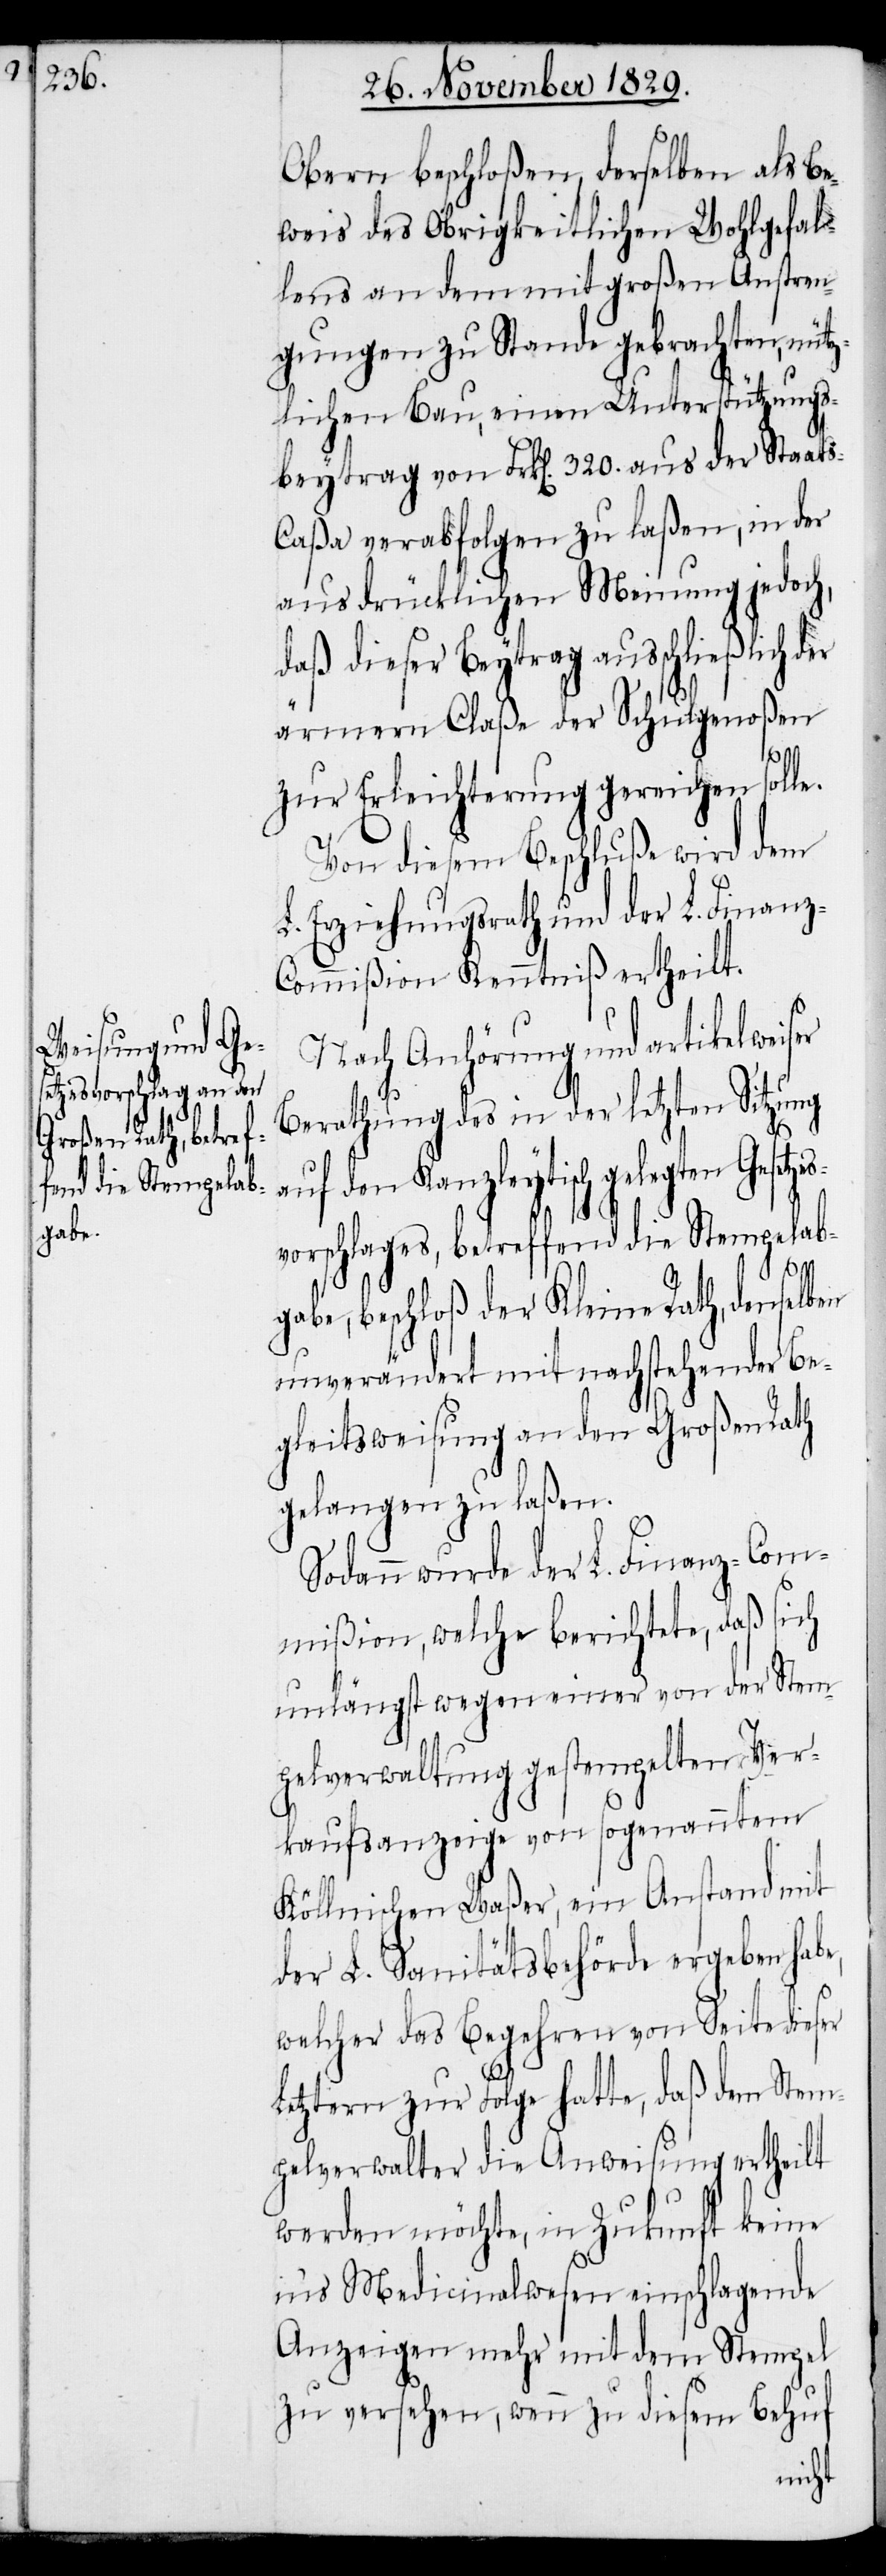
Obern beschloßen, derselben als Be¬
weis des Obrigkeitlichen Wohlgefal¬
lens an dem mit großen Anstren¬
gungen zu Stande gebrachten, nütz¬
lichen Bau, einen Unterstützungs¬
beytrag von Frk[en]. 320. aus der Staat¬
aßa verabfolgen zu laßen, in der
ausdrücklichen Meinung jedoch,
daß dieser Beytrag ausschließlich der
ärmern Claße der Schulgenoßen
es¬
zur Erleichterung gereichen solle.
Von diesem Beschluße wird dem
L. Erziehungsrath und der L. Finanz-C¬
ommißion Kenntniß ertheilt.
Nach Anhörung und artikelweiser
Berathung des in der letzten Sitzung
auf den Kanzleytisch gelegten Gesetz¬
vorschlages, betreffend die Stempelab¬
gabe, beschloß der Kleine Rath, denselben
unverändert mit nachstehender Be¬
gleitsweisung an den Großen Rath
gelangen zu laßen.
Sodann wurde der L. Finanz-Com¬
mißion, welche berichtete, daß sich
unlängst wegen einer von der Stem¬
pelverwaltung gestempelten Ver¬
kaufsanzeige von sogenanntem
Köllnischen Waßer, ein Anstand mit
der L. Sanitätsbehörde ergeben habe,
welcher das Begehren von Seite dieser
Letztern zur Folge hatte, daß dem Stem¬
pelverwalter die Anweisung ertheilt
werden möchte, in Zukunft keine
ins Medicinalwesen einschlagende
Anzeigen mehr mit dem Stempel
zu versehen, wenn zu diesem Behuf